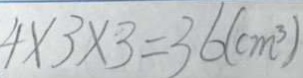
4 \times 3 \times 3 = 3 6 ( c m ^ { 3 } )